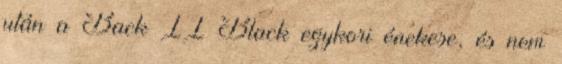
után a Back II Black egykori énekese, és nem